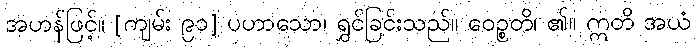
အဟန်ဖြင့်။ [ကျမ်း ၉၁] ပဟာသော၊ ရွှင်ခြင်းသည်။ ဝေဉ္စတိ၊ ၏။ ဣတိ အယံ